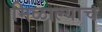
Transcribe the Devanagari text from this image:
मिळाल्याच